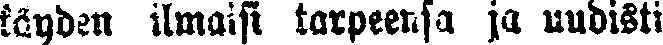
käyden ilmaisi tarpeensa ja uudisti